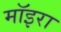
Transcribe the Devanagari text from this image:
मॉइरा